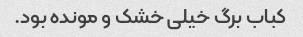
کباب برگ خیلی خشک و مونده بود.